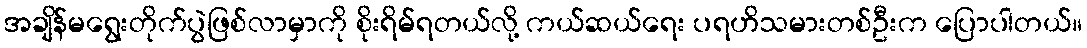
အချိန်မရွေးတိုက်ပွဲဖြစ်လာမှာကို စိုးရိမ်ရတယ်လို့ ကယ်ဆယ်ရေး ပရဟိသမားတစ်ဦးက ပြောပါတယ်။